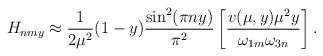
LaTeX: \begin{align*}H_{nmy} \approx \frac{1}{2 \mu^2} (1-y) \frac{\sin^2(\pi n y) }{\pi^2}\left[\frac{v(\mu,y) \mu^2 y }{ \omega_{1m} \omega_{3n}}\right].\end{align*}